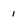
Character: 1